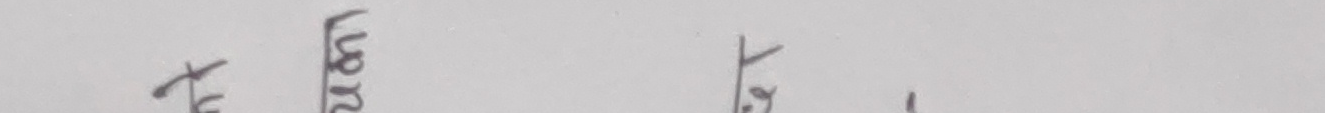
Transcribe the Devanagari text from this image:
तय लग